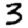
Digit: 3